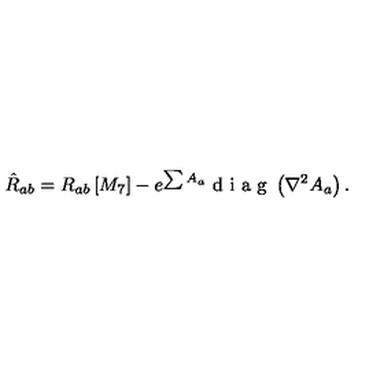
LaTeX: { \hat { R } _ { a b } = R _ { a b } \left[ M _ { 7 } \right] - e ^ { \sum A _ { a } } \textrm { d i a g } \left( \nabla ^ { 2 } A _ { a } \right) . }